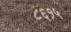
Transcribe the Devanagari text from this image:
८६१५